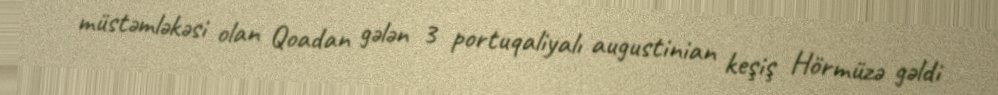
müstəmləkəsi olan Qoadan gələn 3 portuqaliyalı augustinian keşiş Hörmüzə gəldi